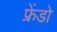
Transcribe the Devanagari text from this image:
फ्रेंडो